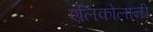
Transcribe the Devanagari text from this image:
एलिकोलानी